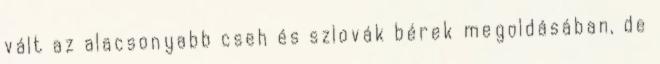
vált az alacsonyabb cseh és szlovák bérek megoldásában, de